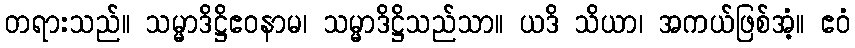
တရားသည်။ သမ္မာဒိဋ္ဌိဧဝနာမ၊ သမ္မာဒိဋ္ဌိသည်သာ။ ယဒိ သိယာ၊ အကယ်ဖြစ်အံ့။ ဧဝံ